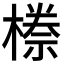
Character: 𭫯